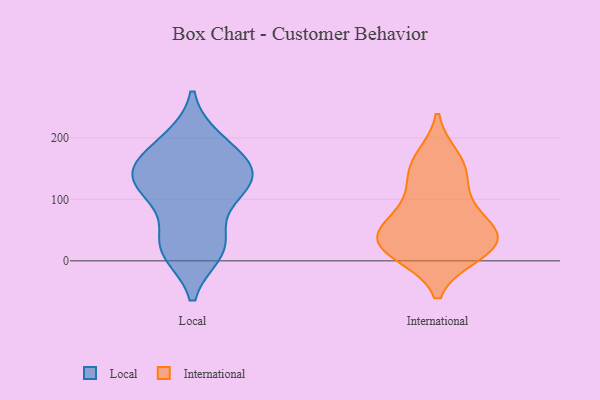
{"axis": {"x": "Page Views", "y": "Value"}, "legend": ["International", "Local"], "data": [{"x": "", "y": 150, "type": "Local"}, {"x": "", "y": 34, "type": "Local"}, {"x": "", "y": 137, "type": "Local"}, {"x": "", "y": 18, "type": "Local"}, {"x": "", "y": 144, "type": "Local"}, {"x": "", "y": 194, "type": "Local"}, {"x": "", "y": 15, "type": "Local"}, {"x": "", "y": 147, "type": "Local"}, {"x": "", "y": 109, "type": "Local"}, {"x": "", "y": 102, "type": "Local"}, {"x": "", "y": 119, "type": "Local"}, {"x": "", "y": 158, "type": "Local"}, {"x": "", "y": 24, "type": "Local"}, {"x": "", "y": 196, "type": "Local"}, {"x": "", "y": 156, "type": "International"}, {"x": "", "y": 55, "type": "International"}, {"x": "", "y": 167, "type": "International"}, {"x": "", "y": 38, "type": "International"}, {"x": "", "y": 37, "type": "International"}, {"x": "", "y": 40, "type": "International"}, {"x": "", "y": 103, "type": "International"}, {"x": "", "y": 13, "type": "International"}, {"x": "", "y": 11, "type": "International"}, {"x": "", "y": 134, "type": "International"}, {"x": "", "y": 22, "type": "International"}, {"x": "", "y": 72, "type": "International"}]}